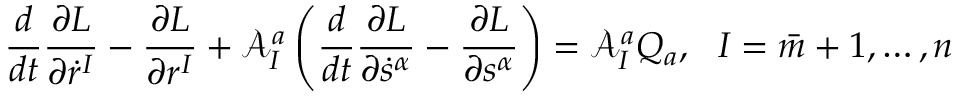
\frac { d } { d t } \frac { \partial L } { \partial \dot { r } ^ { I } } - \frac { \partial L } { \partial r ^ { I } } + \mathcal { A } _ { I } ^ { a } \left( \frac { d } { d t } \frac { \partial L } { \partial \dot { s } ^ { \alpha } } - \frac { \partial L } { \partial s ^ { \alpha } } \right) = \mathcal { A } _ { I } ^ { a } Q _ { a } , \ \ I = \bar { m } + 1 , \ldots , n